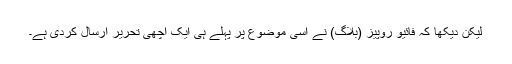
لیکن دیکھا کہ فائیو روپیز (بلاگ) نے اسی موضوع پر پہلے ہی ایک اچھی تحریر ارسال کردی ہے۔